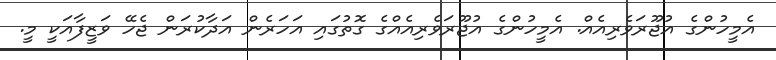
އެމީހުންގެ އުޖޫރަވެރިއެއް. އެމީހުންގެ އުޖޫރަވެރިއެއްގެ ގޮތުގައި އަހަރެން އަދާކުރަން ޖެހޭ ވަޒީފާއަކީ މީ.